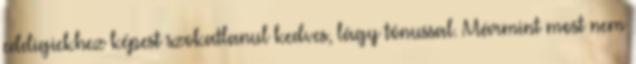
eddigiekhez képest szokatlanul kedves, lágy tónussal. Mármint most nem